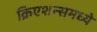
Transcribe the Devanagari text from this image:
क्रिएशन्समध्ये